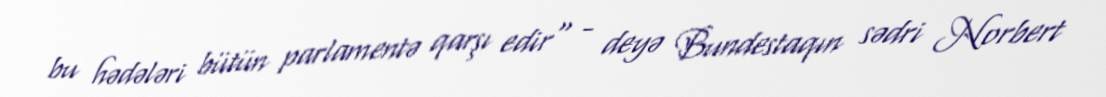
bu hədələri bütün parlamentə qarşı edir" - deyə Bundestaqın sədri Norbert